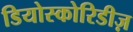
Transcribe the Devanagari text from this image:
डियोस्कोरिडीज़